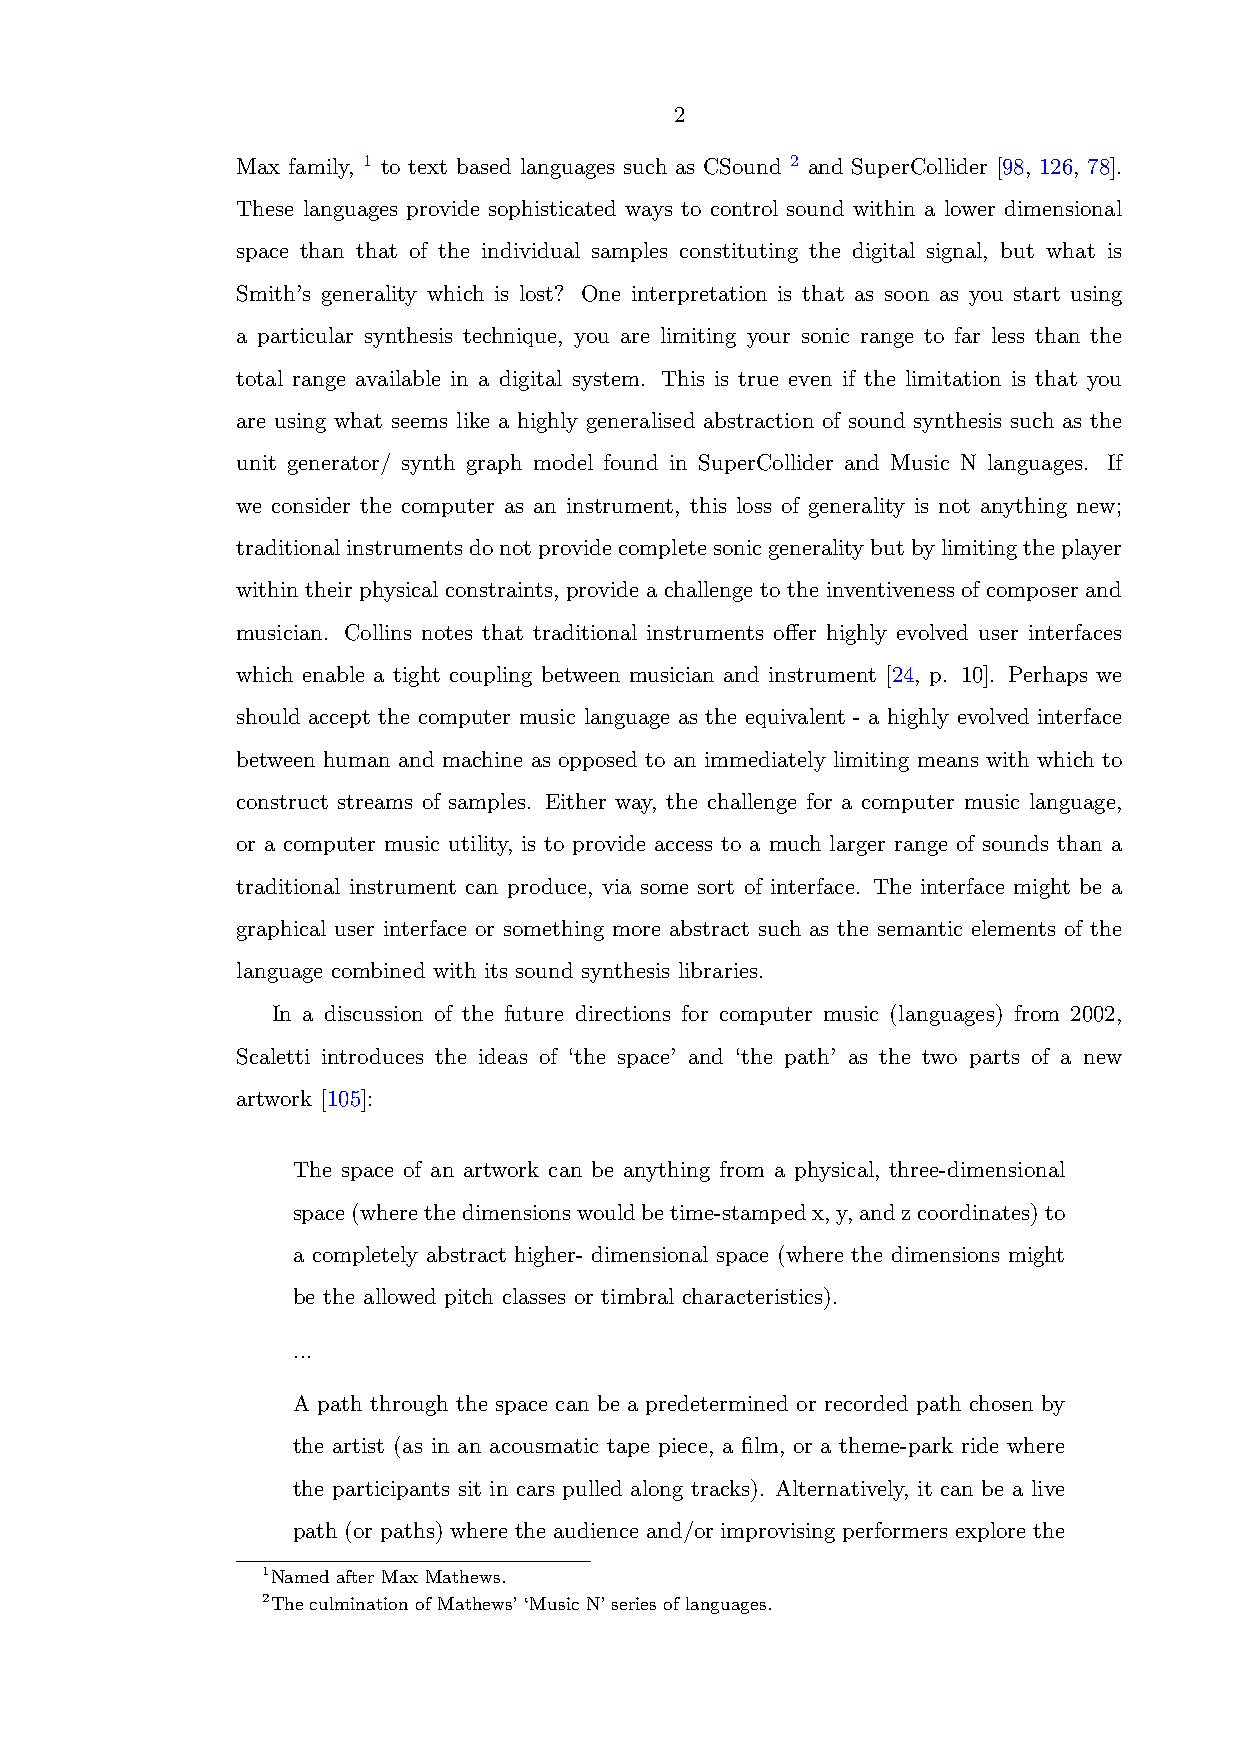
2
 Max family, 1 to text based languages such as CSound 2 and SuperCollider [98, 126, 78].
 These languages provide sophisticated ways to control sound within a lower dimensional
 space than that of the individual samples constituting the digital signal, but what is
 Smith’s generality which is lost? One interpretation is that as soon as you start using
 a particular synthesis technique, you are limiting your sonic range to far less than the
 total range available in a digital system. This is true even if the limitation is that you
 are using what seems like a highly generalised abstraction of sound synthesis such as the
 unit generator/ synth graph model found in SuperCollider and Music N languages. If
 we consider the computer as an instrument, this loss of generality is not anything new;
 traditionalinstrumentsdonotprovidecompletesonicgeneralitybutbylimitingtheplayer
 within their physical constraints, provide a challenge to the inventiveness of composer and
 musician. Collins notes that traditional instruments offer highly evolved user interfaces
 which enable a tight coupling between musician and instrument [24, p. 10]. Perhaps we
 should accept the computer music language as the equivalent - a highly evolved interface
 between human and machine as opposed to an immediately limiting means with which to
 construct streams of samples. Either way, the challenge for a computer music language,
 or a computer music utility, is to provide access to a much larger range of sounds than a
 traditional instrument can produce, via some sort of interface. The interface might be a
 graphical user interface or something more abstract such as the semantic elements of the
 language combined with its sound synthesis libraries.
 In a discussion of the future directions for computer music (languages) from 2002,
 Scaletti introduces the ideas of ‘the space’ and ‘the path’ as the two parts of a new
 artwork [105]:
 The space of an artwork can be anything from a physical, three-dimensional
 space(wherethedimensionswouldbetime-stampedx,y,andzcoordinates)to
 a completely abstract higher- dimensional space (where the dimensions might
 be the allowed pitch classes or timbral characteristics).
 ...
 A path through the space can be a predetermined or recorded path chosen by
 the artist (as in an acousmatic tape piece, a film, or a theme-park ride where
 the participants sit in cars pulled along tracks). Alternatively, it can be a live
 path (or paths) where the audience and/or improvising performers explore the
 1Named after Max Mathews.
 2The culmination of Mathews’ ‘Music N’ series of languages.